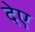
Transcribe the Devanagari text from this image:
देए